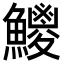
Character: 𩼕